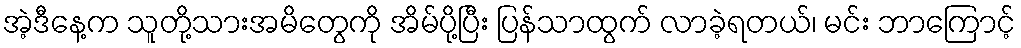
အဲ့ဒီနေ့က သူတို့သားအမိတွေကို အိမ်ပို့ပြီး ပြန်သာထွက် လာခဲ့ရတယ်၊ မင်း ဘာကြောင့်